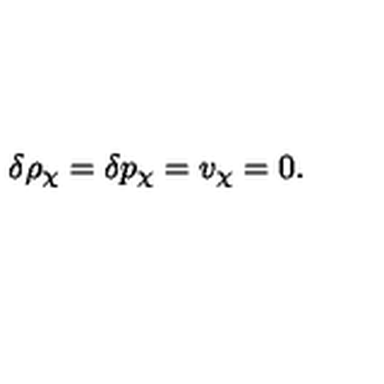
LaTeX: \delta \rho _ { \chi } = \delta p _ { \chi } = v _ { \chi } = 0 .